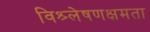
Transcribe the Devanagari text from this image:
विश्र्लेषणक्षमता